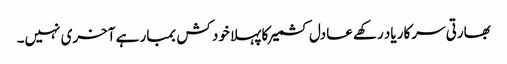
بھارتی سرکار یاد رکھے عادل کشمیر کا پہلا خود کش بمبار ہے آخری نہیں۔